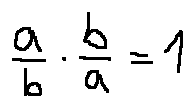
\frac { a } { b } \cdot \frac { b } { a } = 1